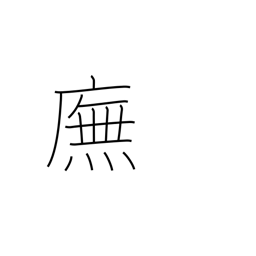
Meaning: walking under the eaves